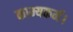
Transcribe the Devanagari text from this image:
काम्यकर्म।